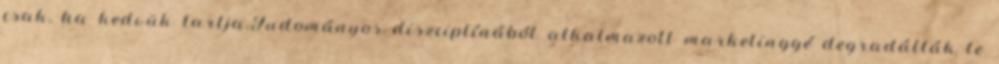
csak, ha kedvük tartja.Tudományos diszciplínából alkalmazott marketinggé degradálták le